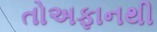
તોઅફાનથી